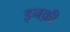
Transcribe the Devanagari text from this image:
इनक़ी